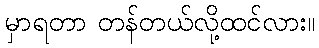
မှာရတာ တန်တယ်လို့ထင်လား။